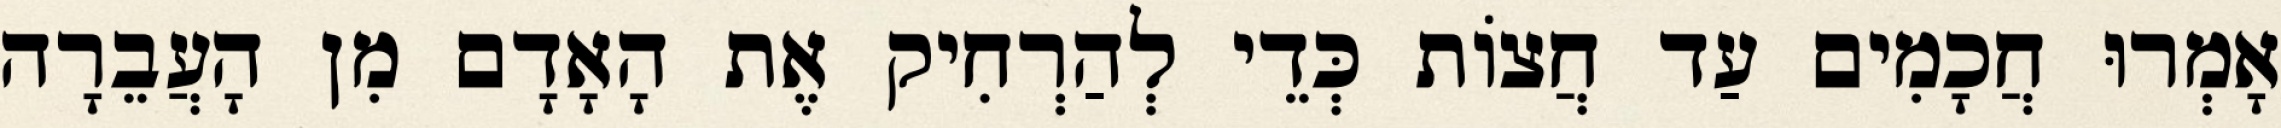
אָמְרוּ חֲכָמִים עַד חֲצוֹת כְּדֵי לְהַרְחִיק אֶת הָאָדָם מִן הָעֲבֵרָה